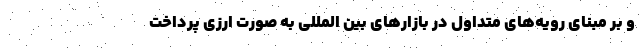
و بر مبنای رویه‌های متداول در بازارهای بین المللی به صورت ارزی پرداخت